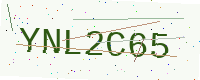
Text: YNL2C65